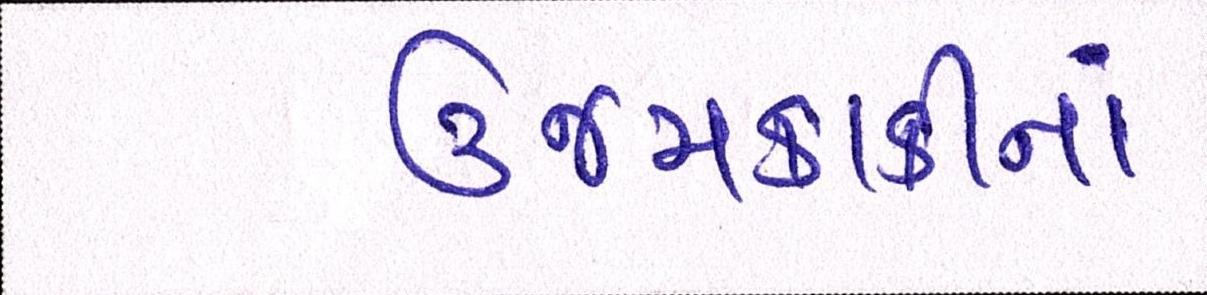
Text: ઉજમકાકીનાં